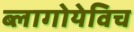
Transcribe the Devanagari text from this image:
ब्लागोयेविच